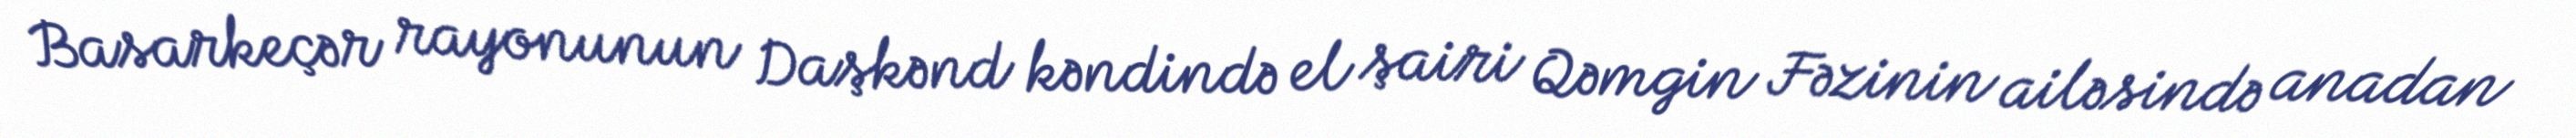
Basarkeçər rayonunun Daşkənd kəndində el şairi Qəmgin Fəzinin ailəsində anadan